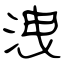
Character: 洩